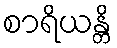
စာရိယန္တိ